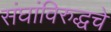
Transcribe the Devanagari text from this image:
संघांविरुद्धचे